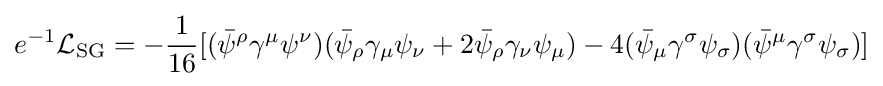
e^{-1}{\mathcal {L}}_{\text{SG}}=-{\frac {1}{16}}[({\bar {\psi }}^{\rho }\gamma ^{\mu }\psi ^{\nu })({\bar {\psi }}_{\rho }\gamma _{\mu }\psi _{\nu }+2{\bar {\psi }}_{\rho }\gamma _{\nu }\psi _{\mu })-4({\bar {\psi }}_{\mu }\gamma ^{\sigma }\psi _{\sigma })({\bar {\psi }}^{\mu }\gamma ^{\sigma }\psi _{\sigma })]